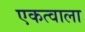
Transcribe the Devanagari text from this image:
एकत्वाला